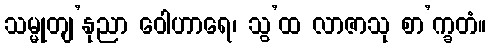
သမ္မုတျ’နုညာ ဝေါဟာရေ၊ သွ’ထ လာဇာသု စာ’က္ခတံ။